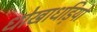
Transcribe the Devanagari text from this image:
धोखाधड़ियों